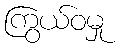
ကြွယ်ဝမှု